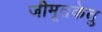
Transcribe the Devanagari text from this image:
जीमूतकेतु